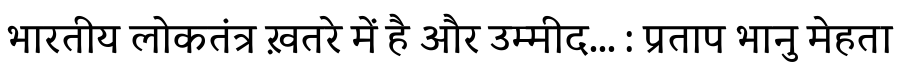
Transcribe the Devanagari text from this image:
भारतीय लोकतंत्र ख़तरे में है और उम्मीद... : प्रताप भानु मेहता